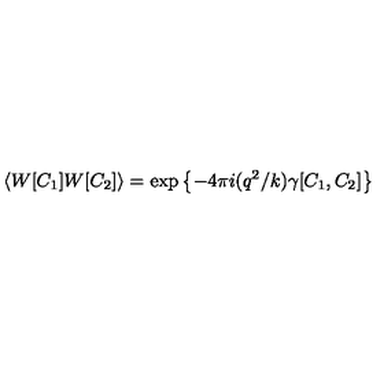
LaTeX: \left\langle W [ C _ { 1 } ] W [ C _ { 2 } ] \right\rangle = \exp \left\{ - 4 \pi i ( q ^ { 2 } / k ) \gamma [ C _ { 1 } , C _ { 2 } ] \right\}